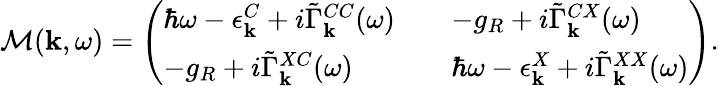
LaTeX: \begin{array}{r}{\mathcal{M}({\mathbf k},\omega)=\left(\begin{array}{lll}{\hbar\omega-\epsilon_{\mathbf k}^{C}+i\tilde{\Gamma}_{\mathbf k}^{CC}(\omega)}&&{-g_{R}+i\tilde{\Gamma}_{\mathbf k}^{CX}(\omega)}\\ {-g_{R}+i\tilde{\Gamma}_{\mathbf k}^{XC}(\omega)}&&{\hbar\omega-\epsilon_{\mathbf k}^{X}+i\tilde{\Gamma}_{\mathbf k}^{XX}(\omega)}\end{array}\right).}\end{array}